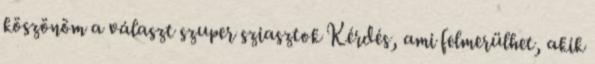
köszönöm a választ szuper sziasztok Kérdés, ami felmerülhet, akik